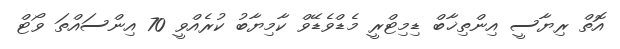
އޮތް ރިޔާސީ އިންތިޚާބް ޑިމިޓްރީ މެޑްވެޑޭވް ކާމިޔާބު ކުރެއްވީ 70 އިންސައްތަ ވޯޓް